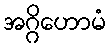
အဂ္ဂိဟောမံ